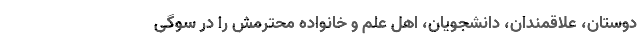
دوستان، علاقمندان، دانشجویان، اهل علم و خانواده محترمش را در سوگی